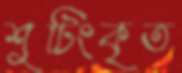
শুটিংকৃত